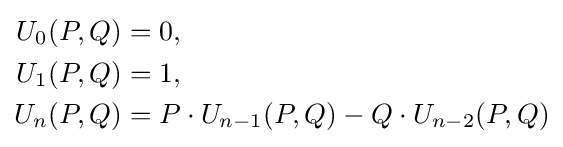
{\begin{aligned}U_{0}(P,Q)&=0,\\U_{1}(P,Q)&=1,\\U_{n}(P,Q)&=P\cdot U_{n-1}(P,Q)-Q\cdot U_{n-2}(P,Q)\end{aligned}}